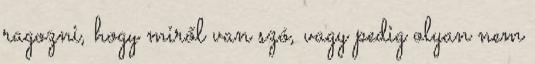
ragozni, hogy miről van szó, vagy pedig olyan nem